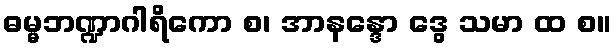
ဓမ္မဘဏ္ဍာဂါရိကော စ၊ အာနန္ဒော ဒွေ သမာ ထ စ။